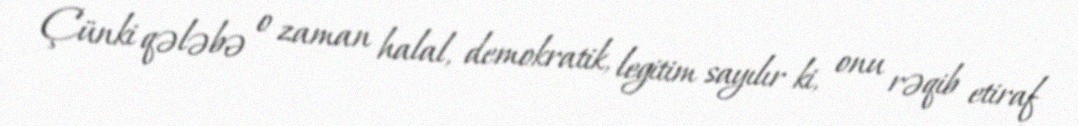
Çünki qələbə o zaman halal, demokratik, legitim sayılır ki, onu rəqib etiraf